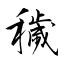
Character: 穢